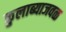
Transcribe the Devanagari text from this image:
कुलाब्याजवळ